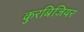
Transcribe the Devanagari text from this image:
कुरबिजियर